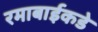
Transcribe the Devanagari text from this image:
रमाबाईकडे